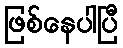
ဖြစ်နေပါပြီ